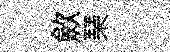
歛琹